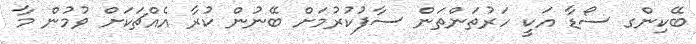
ބޭކިންގ ސޯޑާ އަކީ ހަރުތަންތަން ސާފުކުރުމަށް ބޭނުން ކުރާ އެއްޗަކަށް ވުމުން މާ